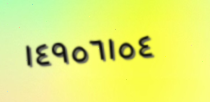
١٤٩٥٦١٥٤